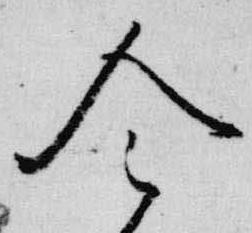
令